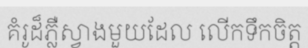
គំរូដ៏ភ្លឺស្វាងមួយដែល លើកទឹកចិត្ត